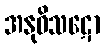
အနုဝိသဋော